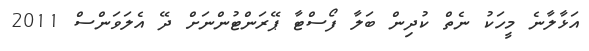
އަޅާލާނެ މީހަކު ނެތް ކުދިން ބަލާ ފޯސްޓާ ޕޭރަންޓުންނަށް ދޭ އެލަވަންސް 2011